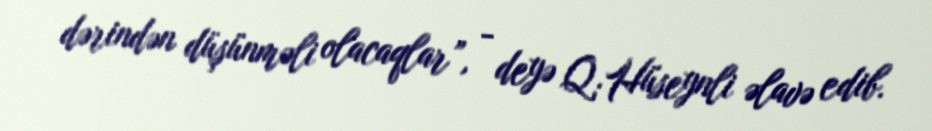
dərindən düşünməli olacaqlar”, - deyə Q.Hüseynli əlavə edib.